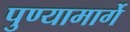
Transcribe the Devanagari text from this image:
पुण्यामार्गे